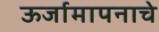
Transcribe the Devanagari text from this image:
ऊर्जामापनाचे